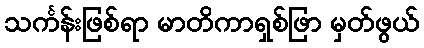
သင်္ကန်းဖြစ်ရာ မာတိကာရှစ်ဖြာ မှတ်ဖွယ်